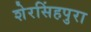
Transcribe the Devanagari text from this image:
शेरसिंहपुरा